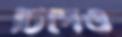
চিপেও